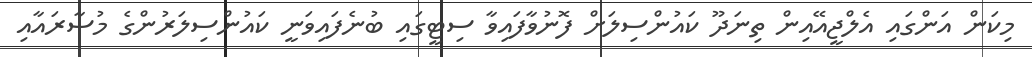
މިކަން އަންގައި އެލްޖީއޭއިން ތިނަދޫ ކައުންސިލަށް ފޮނުވާފައިވާ ސިޓީގައި ބުނެފައިވަނީ ކައުންސިލަރުންގެ މުސާރައާއި